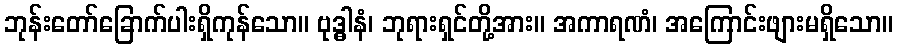
ဘုန်းတော်ခြောက်ပါးရှိကုန်သော။ ဗုဒ္ဓါနံ၊ ဘုရားရှင်တို့အား။ အကာရဏံ၊ အကြောင်းဖျားမရှိသော။